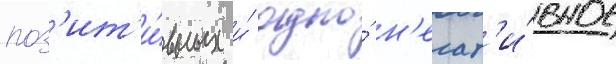
поз'ит'и́вных и́ одно́ н'егат'и́вное